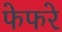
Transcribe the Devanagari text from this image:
फेफरे